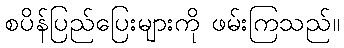
စပိန်ပြည်ပြေးများကို ဖမ်းကြသည်။